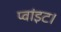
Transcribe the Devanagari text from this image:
प्‍वांइट।